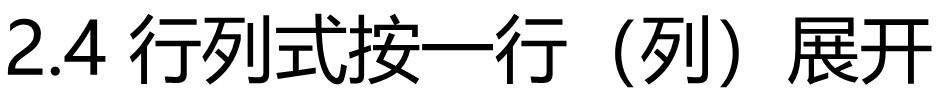
2.4 行列式按一行（列）展开